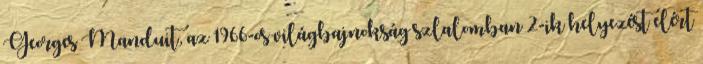
Georges Manduit, az 1966-os világbajnokság szlalomban 2-ik helyezést elért